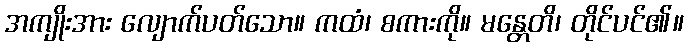
အကျိုးအား လျောက်ပတ်သော။ ကထံ၊ စကားကို။ မန္တေတိ၊ တိုင်ပင်၏။